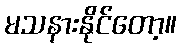
မသနားနိုင်တော့။